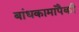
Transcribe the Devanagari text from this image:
बांधकामांपैकी